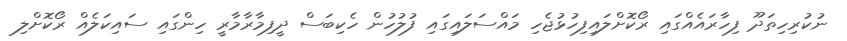
ނުކުރިހިތަދޫ ފިހާރައެއްގައި ރޯކޮށްލައިފިހުޅުޖެހި މައްސަލައިގައި ފުލުހުން ހެކިބަސް ދީފިމާރާމާރީ ހިންގައި ސައިކަލެއް ރޯކޮށްލި